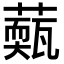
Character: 𦾳